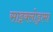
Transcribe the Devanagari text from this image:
साइक्लोड्रामा